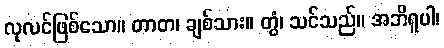
လုလင်ဖြစ်သော။ တာတ၊ ချစ်သား။ တွံ၊ သင်သည်။ အဘိရူပါ၊